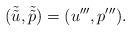
LaTeX: \begin{align*}(\tilde{\tilde{u}},\tilde{\tilde{p}})=(u''',p''').\end{align*}